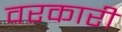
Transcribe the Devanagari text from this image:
वरकारी